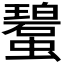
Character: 𧓮